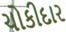
ચોકીદાર